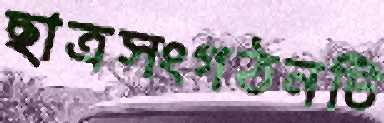
ছাত্রসংগঠনটি